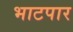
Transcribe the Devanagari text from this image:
भाटपार